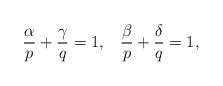
\begin{align*} \frac{\alpha}{p}+\frac{\gamma}{q}=1, \;\;\; \frac{\beta}{p}+\frac{\delta}{q}=1, \end{align*}